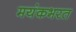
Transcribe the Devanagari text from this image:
मयंकभरत